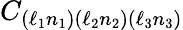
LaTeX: C_{(\ell_{1}n_{1})(\ell_{2}n_{2})(\ell_{3}n_{3})}